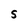
Character: S